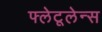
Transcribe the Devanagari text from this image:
फ्लेटूलेन्स